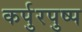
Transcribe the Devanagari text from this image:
कर्पुरपुष्प